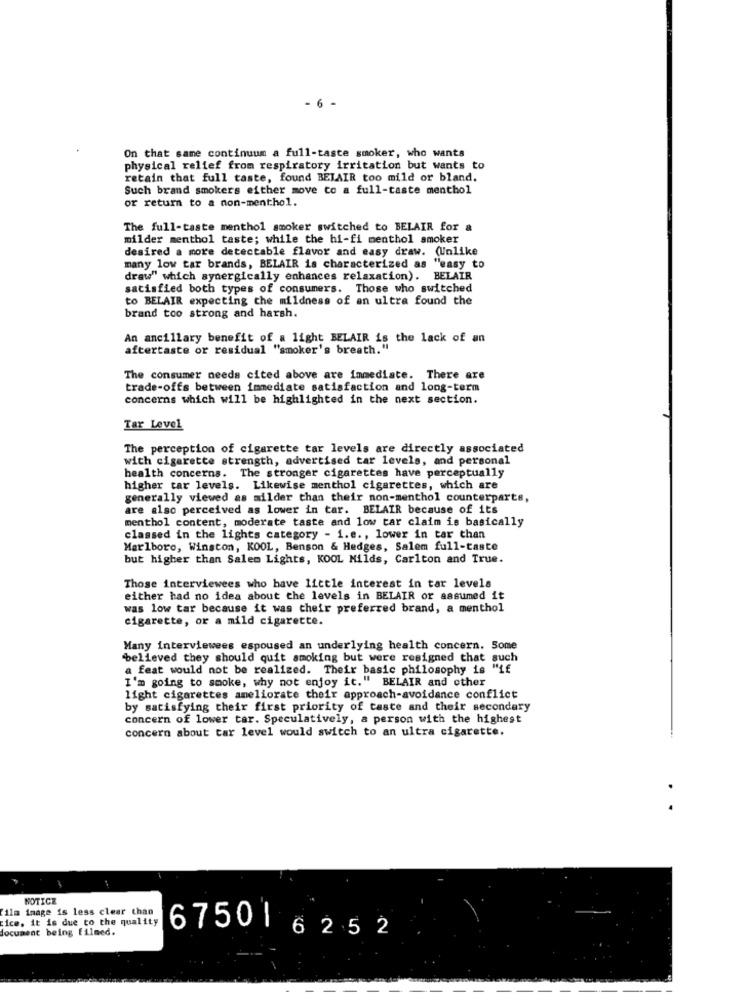
- 6
On that same continuum a full-taste smoker, who wants
physical relief from respiratory irritation but wants to
retain that full taste, found BELAIR too mild or bland.
Such brand smokers either move co a full-taste menthol
or return to a non-menthol.
The full-taste menthol smoker switched to BELAIR for a
milder menthol taste; while the hi-fi menthol smoker
desired a more detectable flavor and easy draw. (Unlike
many low tar brands, BELAIR is characterized as "easy to
draw" which synergically enhances relaxation). BELAIR
satisfied both types of consumers. Those who switched
to BELAIR expecting che mildness of an ultra found the
brand too strong and harsh.
An ancillary benefit of a light BELAIR is the lack of an
aftertaste or residual "smoker's breath."
The consumer needs cited above are immediate. There are
trade-offs between immediate satisfaction and long-term
concerns which will be highlighted in the next section.
Tar Level
The perception of cigarette tar levels are directly associated
with cigarette strength, advertised tar levels, and personal
health concerns. The stronger cigarettes have perceptually
higher tar levels. Likewise menthol cigarettes, which are
generally viewed as milder than their non-menthol counterparts,
are also perceived as lower in tar. BELAIR because of its
menthol content, moderate taste and low car claim is basically
classed in the lights category - 1.e ., lower in tar than
Marlboro, Winston, KOOL, Benson & Hedges, Salem full-taste
but higher than Salem Lights, KOOL Milds, Carlton and True.
Those interviewees who have little interest in tar levels
either had no idea about the levels in BELAIR or assumed it
was low tar because it was their preferred brand, a menthol
cigarette, or a mild cigarette.
Many interviewees espoused an underlying health concern. Some
"believed they should quit smoking but were resigned that such
a feat would not be realized. Their basic philosophy is "if
I'm going to smoke, why not enjoy it." BELAIR and other
light cigarettes ameliorate their approach-avoidance conflict
by satisfying their first priority of taste and their secondary
concern of lower tar. Speculatively, a person with the highest
concern about tar level would switch to an ultra cigarette.
NOTICE
film image is less clear than
ice, it is due to the quality
document being filmed.
67501 625 2